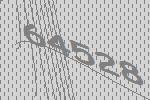
64528